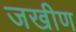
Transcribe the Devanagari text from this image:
जखीण